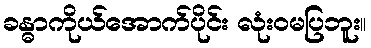
ခန္ဓာကိုယ်အောက်ပိုင်း လုံးဝမပြဘူး။